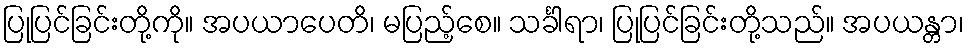
ပြုပြင်ခြင်းတို့ကို။ အပယာပေတိ၊ မပြည့်စေ။ သင်္ခါရာ၊ ပြုပြင်ခြင်းတို့သည်။ အပယန္တာ၊